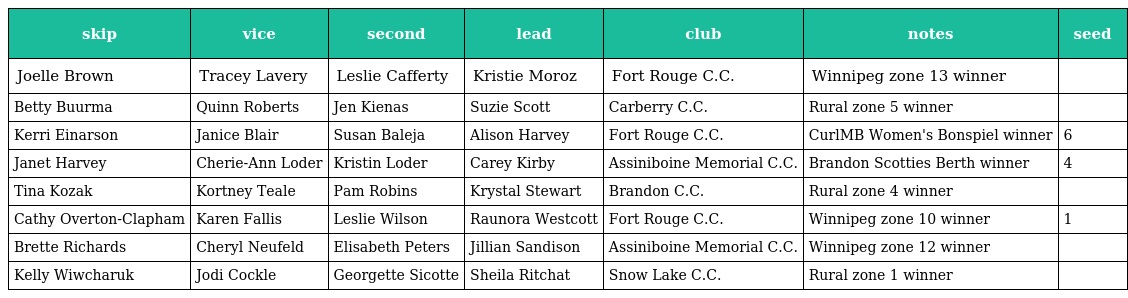
| skip | vice | second | lead | club | notes | seed |
 | --- | --- | --- | --- | --- | --- | --- |
 | Joelle Brown | Tracey Lavery | Leslie Cafferty | Kristie Moroz | Fort Rouge C.C. | Winnipeg zone 13 winner |  |
 | Betty Buurma | Quinn Roberts | Jen Kienas | Suzie Scott | Carberry C.C. | Rural zone 5 winner |  |
 | Kerri Einarson | Janice Blair | Susan Baleja | Alison Harvey | Fort Rouge C.C. | CurlMB Women's Bonspiel winner | 6 |
 | Janet Harvey | Cherie-Ann Loder | Kristin Loder | Carey Kirby | Assiniboine Memorial C.C. | Brandon Scotties Berth winner | 4 |
 | Tina Kozak | Kortney Teale | Pam Robins | Krystal Stewart | Brandon C.C. | Rural zone 4 winner |  |
 | Cathy Overton-Clapham | Karen Fallis | Leslie Wilson | Raunora Westcott | Fort Rouge C.C. | Winnipeg zone 10 winner | 1 |
 | Brette Richards | Cheryl Neufeld | Elisabeth Peters | Jillian Sandison | Assiniboine Memorial C.C. | Winnipeg zone 12 winner |  |
 | Kelly Wiwcharuk | Jodi Cockle | Georgette Sicotte | Sheila Ritchat | Snow Lake C.C. | Rural zone 1 winner |  |